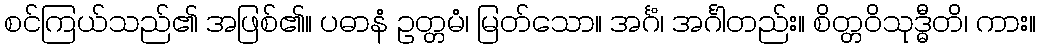
စင်ကြယ်သည်၏ အဖြစ်၏။ ပဓာနံ ဥတ္တမံ၊ မြတ်သော။ အင်္ဂံ၊ အင်္ဂါတည်း။ စိတ္တဝိသုဒ္ဓီတိ၊ ကား။